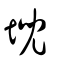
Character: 堄